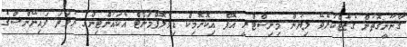
ޤާނޫނީގޮތުން ގެޒެޓްކުރެވޭ ލިޔުން މިނިސްޓްރީ އޮފް އިކޮނޮމިކް ޑިވެލޮޕްމަންޓް އެކައުންޓިންގ ނުވަތަ ފައިނޭންސްގެ